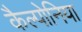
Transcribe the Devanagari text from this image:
कैल्पोनिया